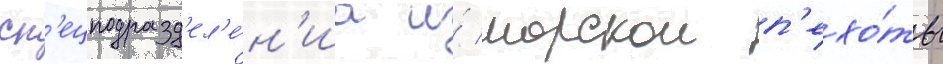
сп'ецподразд'ел'е́н'иа и́ морскои п'ехо́ты